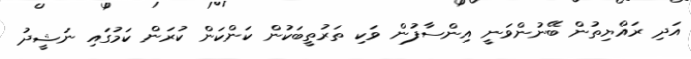
އަދި ރައްޔިތުން ބޭނުންވަނީ އިންސާފުން ވަކި ތަރުތީބަކުން ކަންކަން ކުރަން ކަމުގައި ނަޝީދު